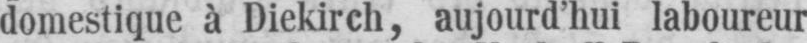
domestique à Diekirch, aujourd’hui laboureur